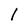
Character: l